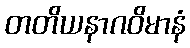
တတိယနာဂဝိမာနံ